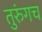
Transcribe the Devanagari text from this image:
तुरुंगच